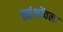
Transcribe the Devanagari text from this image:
स्तंभोंवला